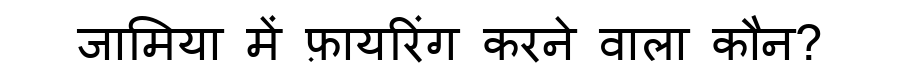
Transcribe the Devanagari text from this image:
जामिया में फ़ायरिंग करने वाला कौन?